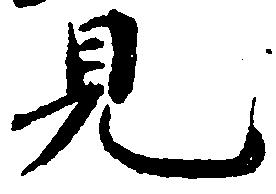
見